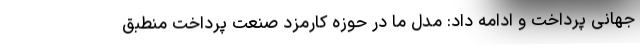
جهانی پرداخت و ادامه داد: مدل ما در حوزه کارمزد صنعت پرداخت منطبق